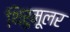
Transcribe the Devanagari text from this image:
थिरुमूलर